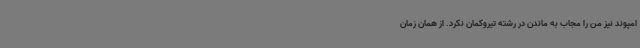
امپوند نیز من را مجاب به ماندن در رشته تیروکمان نکرد. از همان زمان